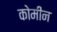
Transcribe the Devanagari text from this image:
कोमीन